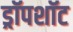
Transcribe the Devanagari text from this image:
ड्रॉपशॉट